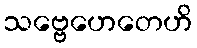
သဗ္ဗေဟေတေဟိ